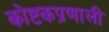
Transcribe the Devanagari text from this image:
कोष्टकप्रणाली